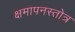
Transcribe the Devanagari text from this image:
क्षमापनस्तोत्र